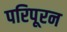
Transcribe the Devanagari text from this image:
परिपूरन